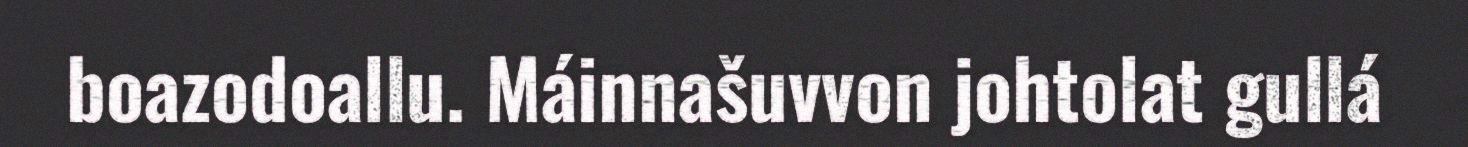
boazodoallu. Máinnašuvvon johtolat gullá